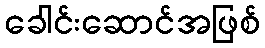
ခေါင်းဆောင်အဖြစ်